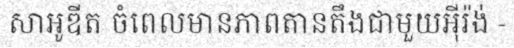
សាអូឌីត ចំពេលមានភាពតានតឹងជាមួយអ៊ីរ៉ង់ -